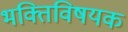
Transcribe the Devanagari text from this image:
भक्तिविषयक